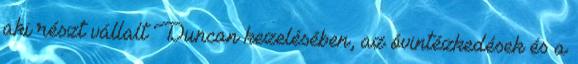
aki részt vállalt Duncan kezelésében, az óvintézkedések és a